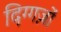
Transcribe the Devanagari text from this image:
दिग्गज़ों